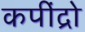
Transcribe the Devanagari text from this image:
कपींद्रो